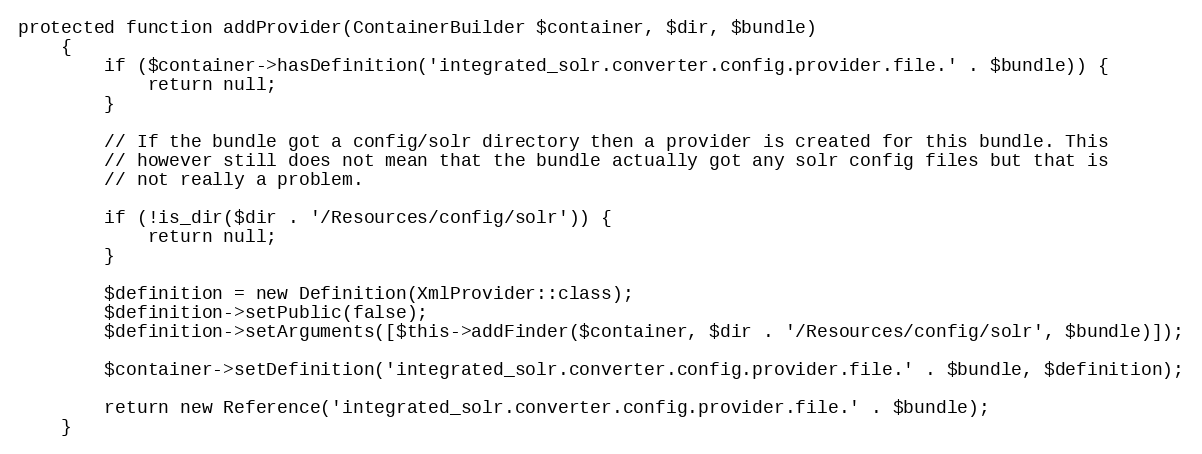
Language: PHP
protected function addProvider(ContainerBuilder $container, $dir, $bundle)
    {
        if ($container->hasDefinition('integrated_solr.converter.config.provider.file.' . $bundle)) {
            return null;
        }

        // If the bundle got a config/solr directory then a provider is created for this bundle. This
        // however still does not mean that the bundle actually got any solr config files but that is
        // not really a problem.

        if (!is_dir($dir . '/Resources/config/solr')) {
            return null;
        }

        $definition = new Definition(XmlProvider::class);
        $definition->setPublic(false);
        $definition->setArguments([$this->addFinder($container, $dir . '/Resources/config/solr', $bundle)]);

        $container->setDefinition('integrated_solr.converter.config.provider.file.' . $bundle, $definition);

        return new Reference('integrated_solr.converter.config.provider.file.' . $bundle);
    }